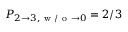
P _ { 2 \to 3 , \mathrm { ~ w ~ / ~ o ~ } \to 0 } = 2 / 3